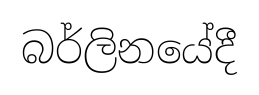
බර්ලිනයේදී